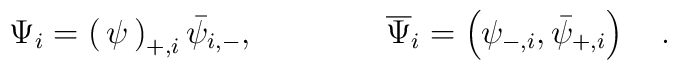
\Psi_i = \begin{pmatrix} \psi_{+,i} \\ \bar{\psi}_{i,-} \end{pmatrix}, \qquad\qquad \overline{\Psi}_i = \left( \psi_{-,i} , \bar{\psi}_{+,i} \right) \quad .